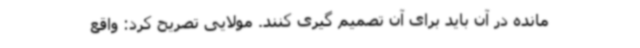
مانده در آن باید برای آن تصمیم گیری کنند. مولایی تصریح کرد: واقع